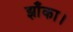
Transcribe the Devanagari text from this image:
झाँका।